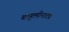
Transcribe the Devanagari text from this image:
बाहुलीनाट्य